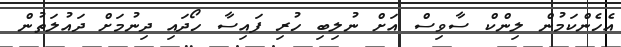
އެހެންކަމުން ލިންކް ސާވިސް އަށް ނުލިބި ހުރި ފައިސާ ހޯދައި ދިނުމަށް ދައުލަތުން